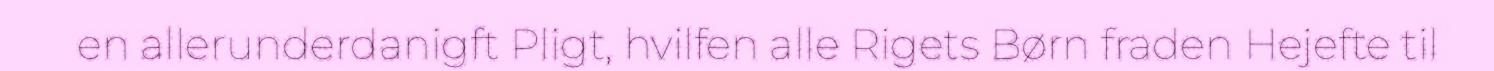
en allerunderdanigft Pligt, hvilfen alle Rigets Børn fraden Hejefte til